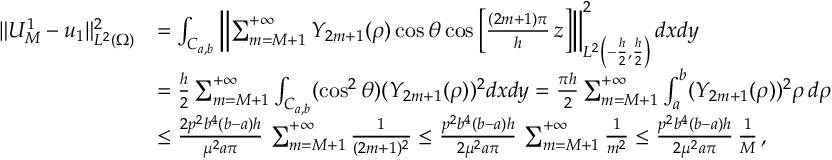
\begin{array} { r l } { \| U _ { M } ^ { 1 } - u _ { 1 } \| _ { L ^ { 2 } ( \Omega ) } ^ { 2 } } & { = \int _ { C _ { a , b } } \left\| \sum _ { m = M + 1 } ^ { + \infty } Y _ { 2 m + 1 } ( \rho ) \cos \theta \cos \left[ \frac { ( 2 m + 1 ) \pi } { h } \, z \right] \right\| _ { L ^ { 2 } \left( - \frac h 2 , \frac h 2 \right) } ^ { 2 } d x d y } \\ & { = \frac h 2 \sum _ { m = M + 1 } ^ { + \infty } \int _ { C _ { a , b } } ( \cos ^ { 2 } \theta ) ( Y _ { 2 m + 1 } ( \rho ) ) ^ { 2 } d x d y = \frac { \pi h } { 2 } \sum _ { m = M + 1 } ^ { + \infty } \int _ { a } ^ { b } ( Y _ { 2 m + 1 } ( \rho ) ) ^ { 2 } \rho \, d \rho } \\ & { \le \frac { 2 p ^ { 2 } b ^ { 4 } ( b - a ) h } { \mu ^ { 2 } a \pi } \, \sum _ { m = M + 1 } ^ { + \infty } \frac { 1 } { ( 2 m + 1 ) ^ { 2 } } \le \frac { p ^ { 2 } b ^ { 4 } ( b - a ) h } { 2 \mu ^ { 2 } a \pi } \, \sum _ { m = M + 1 } ^ { + \infty } \frac { 1 } { m ^ { 2 } } \le \frac { p ^ { 2 } b ^ { 4 } ( b - a ) h } { 2 \mu ^ { 2 } a \pi } \, \frac 1 M \, , } \end{array}